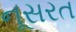
નૂસરત